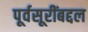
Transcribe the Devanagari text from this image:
पूर्वसूरींबद्दल